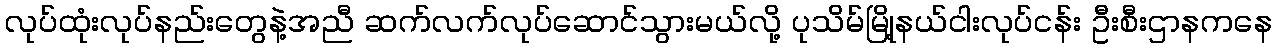
လုပ်ထုံးလုပ်နည်းတွေနဲ့အညီ ဆက်လက်လုပ်ဆောင်သွားမယ်လို့ ပုသိမ်မြို့နယ်ငါးလုပ်ငန်း ဦးစီးဌာနကနေ